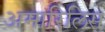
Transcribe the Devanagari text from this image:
अमारिलिस